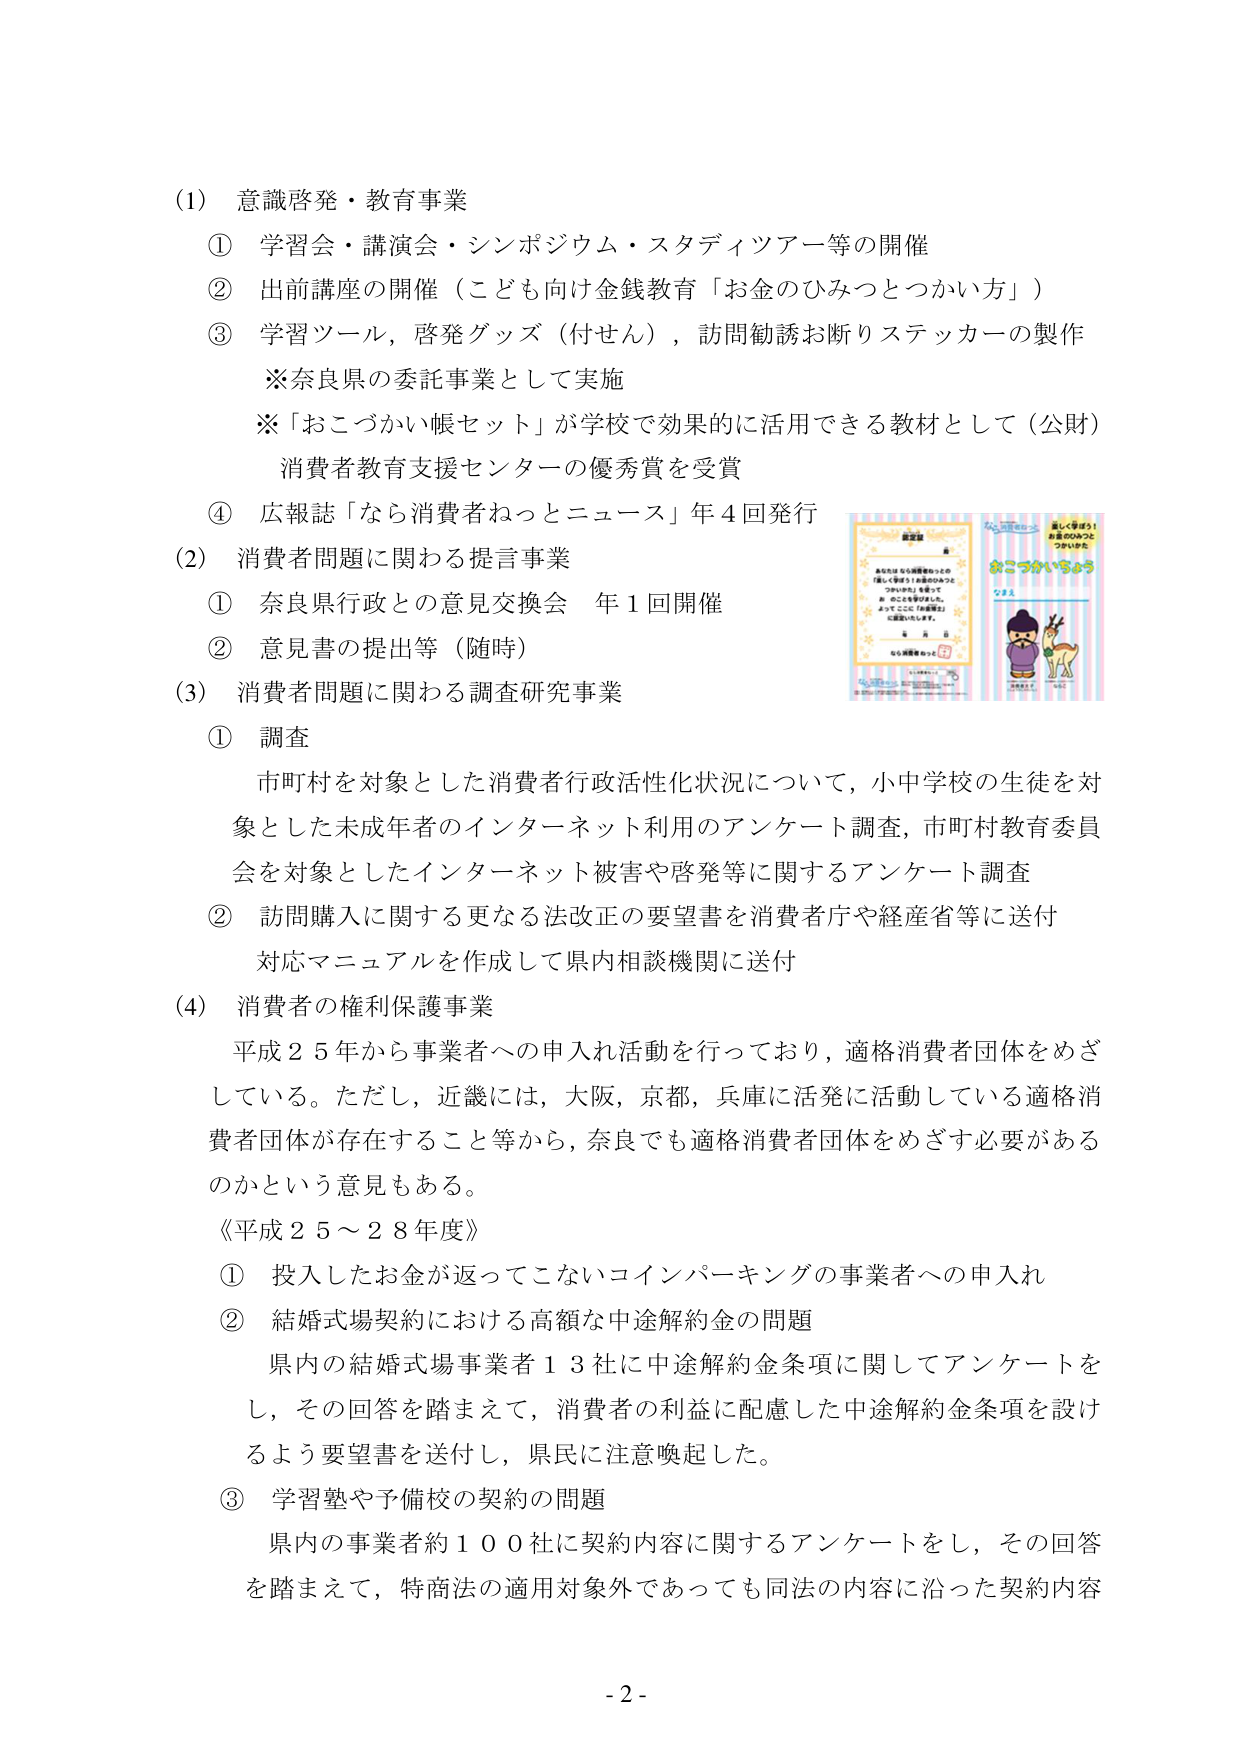
(1) 意識啓発・教育事業
① 学習会・講演会・シンポジウム・スタディツアー等の開催
② 出前講座の開催（こども向け金銭教育「お金のひみつとつかいかた」）
③ 学習ツール，啓発グッズ（付せん），訪問勧誘お断りステッカーの製作
※奈良県の委託事業として実施
※「おこづかい帳セット」が学校で効果的に活用できる教材として（公財）消費者教育支援センターの優秀賞を受賞
④ 広報誌「なら消費者ねっとニュース」年4回発行

(2) 消費者問題に関わる提言事業
① 奈良県行政との意見交換会 年1回開催
② 意見書の提出等（随時）

(3) 消費者問題に関わる調査研究事業
① 調査
市町村を対象とした消費者行政活性化状況について，小中学校の生徒を対象とした未成年者のインターネット利用のアンケート調査，市町村教育委員会を対象としたインターネット被害や啓発等に関するアンケート調査
② 訪問購入に関する更なる法改正の要望書を消費者庁や経産省等に送付
対応マニュアルを作成して県内相談機関に送付

(4) 消費者の権利保護事業
平成25年から事業者への申入れ活動を行っており，適格消費者団体をめざしている。ただし，近畿には，大阪，京都，兵庫に活発に活動している適格消費者団体が存在すること等から，奈良でも適格消費者団体をめざす必要があるのかという意見もある。
《平成25～28年度》
① 投入したお金が返ってこないコインパーキングの事業者への申入れ
② 結婚式場契約における高額な中途解約金の問題
県内の結婚式場事業者13社に中途解約金条項に関してアンケートをし，その回答を踏まえて，消費者の利益に配慮した中途解約金条項を設けるよう要望書を送付し，県民に注意喚起した。
③ 学習塾や予備校の契約の問題
県内の事業者約100社に契約内容に関するアンケートをし，その回答を踏まえて，特商法の適用対象外であっても同法の内容に沿った契約内容

- 2 -

（右側の図のテキスト）
おこづかい帳セット
おこづかいちょう
（図の上部）
楽しく学ぼう！
お金のひみつと
つかいかた
（図の下部）
こまち
（図の左側）
あなたはなら消費者ねっとの
「楽しく学ぼう！お金のひみつと
つかいかた」を使って，
おこづかいを学びました。
よってここに「おこづかい帳セット」
を進呈いたします。
（署名欄）
奈良県
なら消費者ねっと
（図の右側）
こまち
（図の下部）
おこづかい帳セット
（図の右下）
こまち